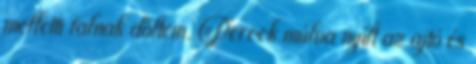
melletti falnak dőltem. Percek múlva nyílt az ajtó és